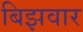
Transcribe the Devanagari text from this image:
बिझवार